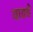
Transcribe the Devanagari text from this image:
यावचे